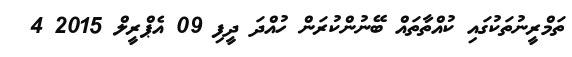
ތަމްރީނުތަކުގައި ކުއްތާތައް ބޭނުންކުރަން ހުއްދަ ދީފި 09 އެޕްރީލް 2015 4